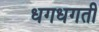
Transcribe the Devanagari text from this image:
धगधगती